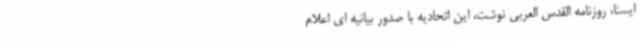
ایسنا، روزنامه القدس العربی نوشت، این اتحادیه با صدور بیانیه ای اعلام